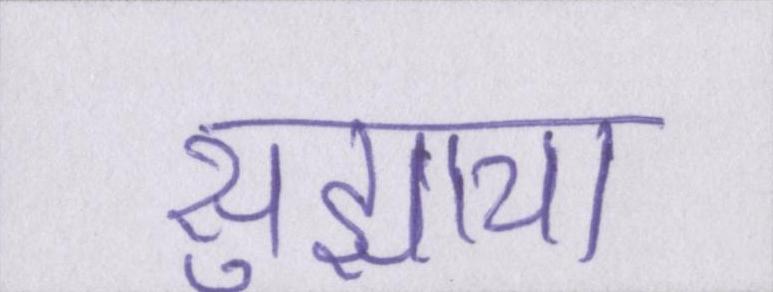
सुझाया